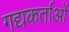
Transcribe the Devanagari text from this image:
गद्यकर्ताओं